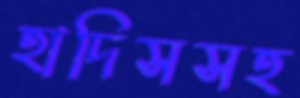
হাদিসসহ